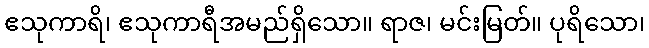
ဧသုကာရိ၊ ဧသုကာရီအမည်ရှိသော။ ရာဇ၊ မင်းမြတ်။ ပုရိသော၊